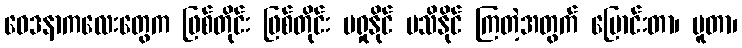
ဝေဒနာကလေးတွေက ဖြစ်တိုင်း ဖြစ်တိုင်း မရှုနိုင် မသိနိုင် ကြတဲ့အတွက် ပြောင်းတာ၊ ပူတာ၊